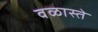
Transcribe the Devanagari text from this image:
वळास्ते